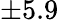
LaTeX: \pm 5.9